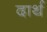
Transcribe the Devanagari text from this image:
दार्थ